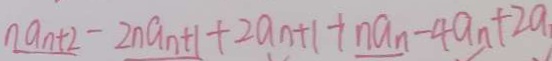
n a _ { n } + 2 - 2 n a _ { n + 1 } + 2 a _ { n } + 1 + n a _ { n } - 4 a _ { n } + 2 a